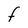
Character: F